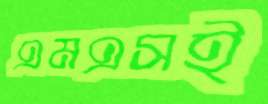
এমএসই